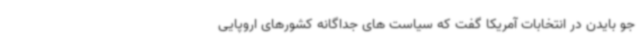
جو بایدن در انتخابات آمریکا گفت که سیاست های جداگانه کشورهای اروپایی